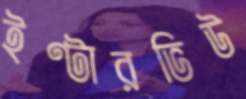
ইণ্টারভিউ